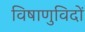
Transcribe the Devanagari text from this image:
विषाणुविदों